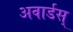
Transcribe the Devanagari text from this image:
अवार्डस्